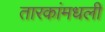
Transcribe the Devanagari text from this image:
तारकांमधली